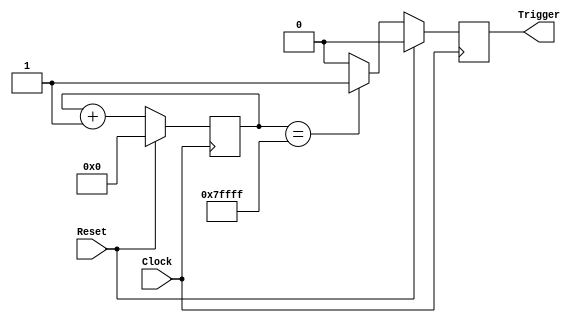
module EnergyTrgGen(
    output Trigger,
    input Clock,
    input Reset
    );

reg Trigger;
reg [18:0] Cnt;

always @ (posedge Clock) begin
	if (Reset) begin
		Cnt <= 0;
		Trigger <= 0;
	end else begin
		Cnt <= Cnt + 1;
		if (Cnt == 19'b1111111111111111111) Trigger <= 1'b1;
		else Trigger <= 1'b0;
	end
end

endmodule